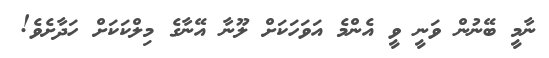
ނާމީ ބޭނުން ވަނީ ވީ އެންމެ އަވަހަކަށް ލޫނާ އޭނާގެ މިލްކަކަށް ހަދާށެވެ!